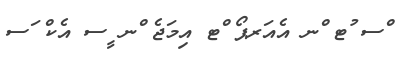
ްސ ުޓ ްނ އެއަރޕޯ ްޓ އިމަޖެ ްނ ީސ އެކް ަސ